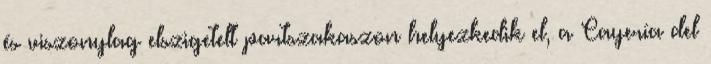
és viszonylag elszigetelt partszakaszon helyezkedik el, a Cayería del